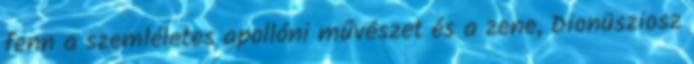
fenn a szemléletes apollóni művészet és a zene, Dionüsziosz